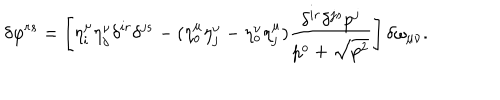
\delta \varphi ^ { r s } = \left[ \eta _ { i } ^ { \mu } \eta _ { j } ^ { \nu } \delta ^ { i r } \delta ^ { j s } - ( \eta _ { o } ^ { \mu } \eta _ { j } ^ { \nu } - \eta _ { o } ^ { \nu } \eta _ { j } ^ { \mu } ) \frac { \delta ^ { i r } \delta ^ { j s } p ^ { j } } { p ^ { o } + \sqrt { p ^ { 2 } } } \right] \delta \omega _ { \mu \nu } .